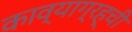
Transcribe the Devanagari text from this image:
काव्याग्रह्ची